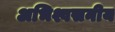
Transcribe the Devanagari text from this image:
अभिश्वसनीय